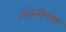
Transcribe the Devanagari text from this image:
अंजनीच्या